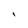
Character: I